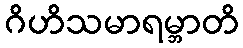
ဂိဟိသမာရမ္ဘာတိ